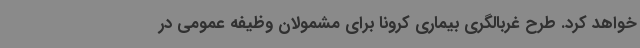
خواهد کرد. طرح غربالگری بیماری کرونا برای مشمولان وظیفه عمومی در